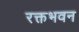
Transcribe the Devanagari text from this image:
रक्तभवन